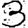
Digit: 3